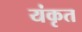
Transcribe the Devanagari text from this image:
यंकृत